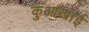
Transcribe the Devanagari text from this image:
कुआखाई